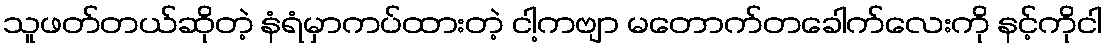
သူဖတ်တယ်ဆိုတဲ့ နံရံမှာကပ်ထားတဲ့ ငါ့ကဗျာ မတောက်တခေါက်လေးကို နင့်ကိုငါ